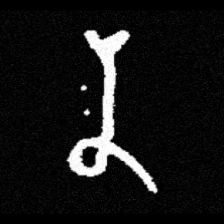
Pyu character \u2014 Myanmar letter: န (romanized: na)